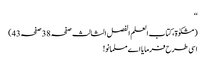
‘‘
(مشکوٰۃ، کتاب العلم الفصل الثالث صفحہ 38 صفحہ43)
اسی طرح فرمایا اے مسلمانو!